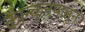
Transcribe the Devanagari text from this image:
कान्कुनपासून